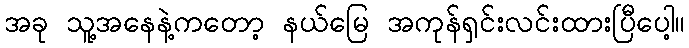
အခု သူ့အနေနဲ့ကတော့ နယ်မြေ အကုန်ရှင်းလင်းထားပြီပေါ့။